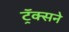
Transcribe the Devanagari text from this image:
ट्रॅक्सने